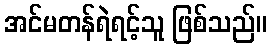
အင်မတန်ရဲရင့်သူ ဖြစ်သည်။